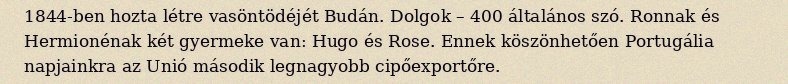
1844-ben hozta létre vasöntödéjét Budán. Dolgok – 400 általános szó. Ronnak és Hermionénak két gyermeke van: Hugo és Rose. Ennek köszönhetően Portugália napjainkra az Unió második legnagyobb cipőexportőre.